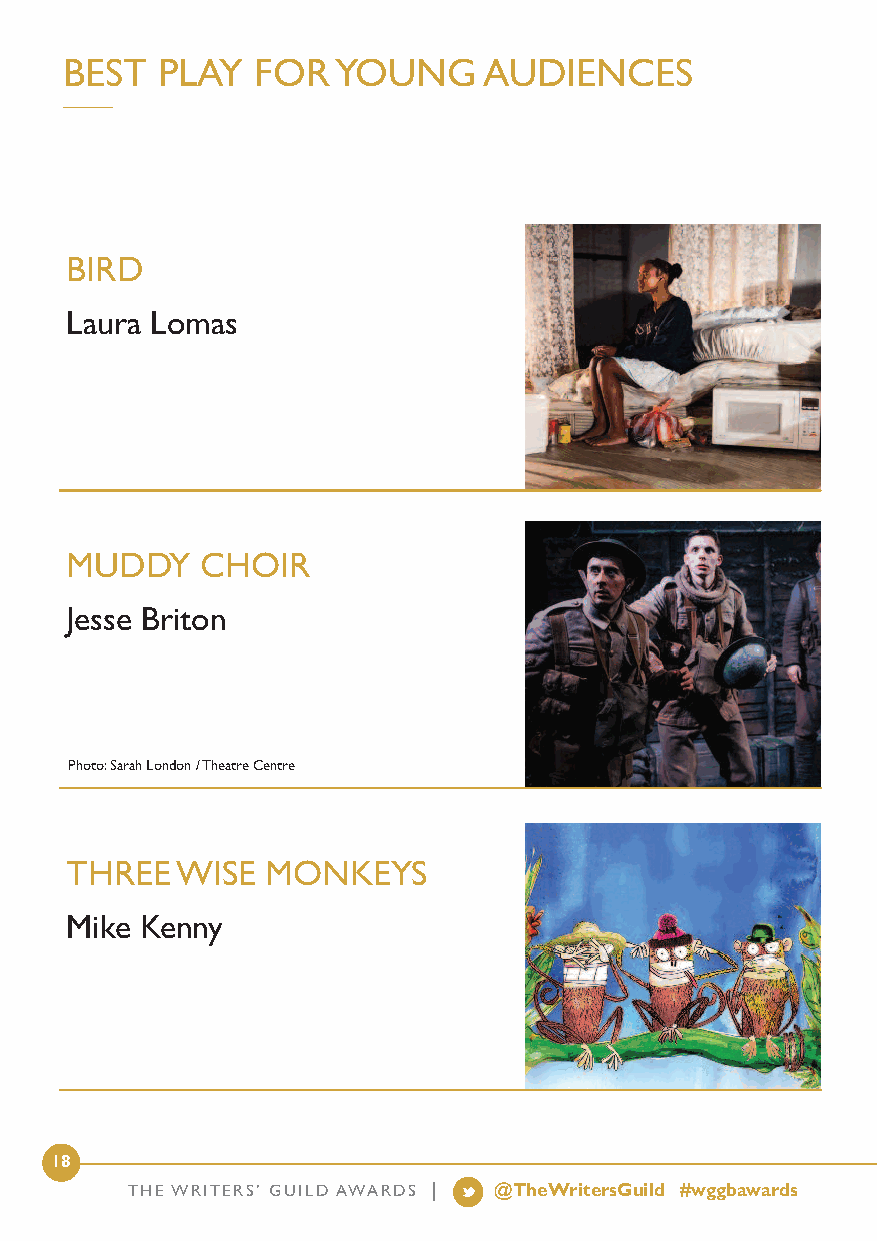
BEST  PLAY   FOR  YOUNG     AUDIENCES
 BIRD
 Laura Lomas
 MUDDY    CHOIR
 Jesse Briton
 Photo: Sarah London / Theatre Centre
 THREE   WISE  MONKEYS
 Mike Kenny
 18
 THE WRITERS’ GUILD AWARDS | @TheWritersGuild #wggbawards